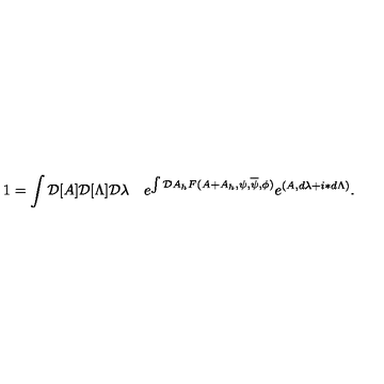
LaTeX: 1 = \int { \cal D } [ A ] { \cal D } [ \Lambda ] { \cal D } \lambda \quad e ^ { \int { \cal D } A _ { h } F ( A + A _ { h } , \psi , \overline { \psi } , \phi ) } e ^ { ( A , d \lambda + i \ast d \Lambda ) } .